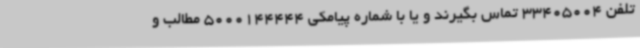
تلفن 33405004 تماس بگیرند و یا با شماره پیامکی 5000144444 مطالب و